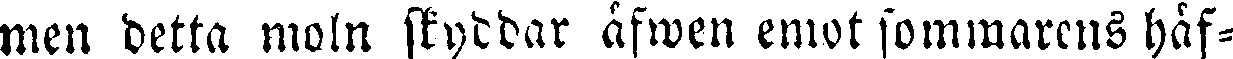
men detta moln skyddar äfwen emot sommarens häf-